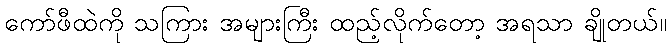
ကော်ဖီထဲကို သကြား အများကြီး ထည့်လိုက်တော့ အရသာ ချိုတယ်။